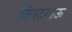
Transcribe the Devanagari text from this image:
क्रिस्टगाऊ